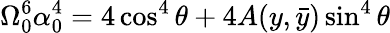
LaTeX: \Omega_{0}^{6}\alpha_{0}^{4}=4\cos^{4}\theta+4A(y,\bar{y})\sin^{4}\theta